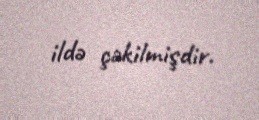
ildə çəkilmişdir.